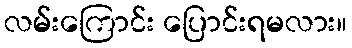
လမ်းကြောင်း ပြောင်းရမလား။